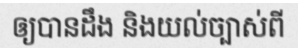
ឲ្យបានដឹង និងយល់ច្បាស់ពី